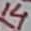
Text: 14